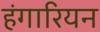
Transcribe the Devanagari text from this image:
हंगारियन